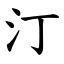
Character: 汀